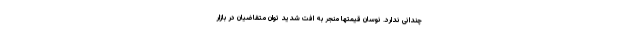
چندانی ندارد. نوسان قیمتها منجر به افت شدید توان متقاضیان در بازار